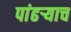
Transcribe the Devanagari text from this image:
पांढऱ्याच